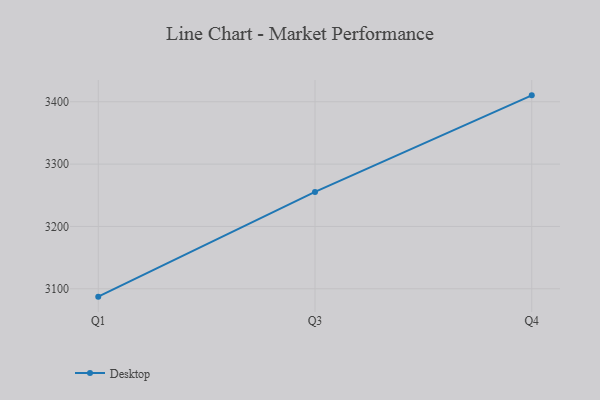
{"axis": {"x": "Quarter", "y": "Energy Usage (MWh)"}, "legend": ["Desktop"], "data": [{"x": "Q1", "y": 3087.4, "type": "Desktop"}, {"x": "Q3", "y": 3255.4, "type": "Desktop"}, {"x": "Q4", "y": 3410.3, "type": "Desktop"}]}